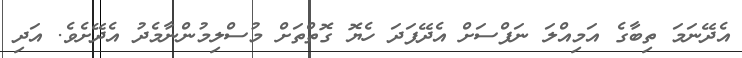
އެދޭނަމަ ތިބާގެ އަމިއްލަ ނަފްސަށް އެދޭފަދަ ހެޔޮ ގޮތްތަށް މުސްލިމުންނާމެދު އެދޭށެވެ. އަދި